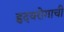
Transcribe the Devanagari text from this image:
हृदयरोगाची